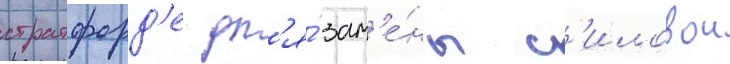
стратфорд'е дл'я́ зам'е́ны с'иловои